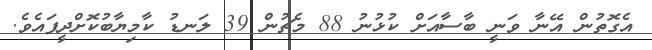
އެގޮތުން އޭނާ ވަނީ ބާސާއަށް ކުޅުނު 88 މެޗުން 39 ލަނޑު ކާމިޔާބުކޮށްދީފައެވެ.